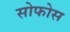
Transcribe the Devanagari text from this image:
सोफोस